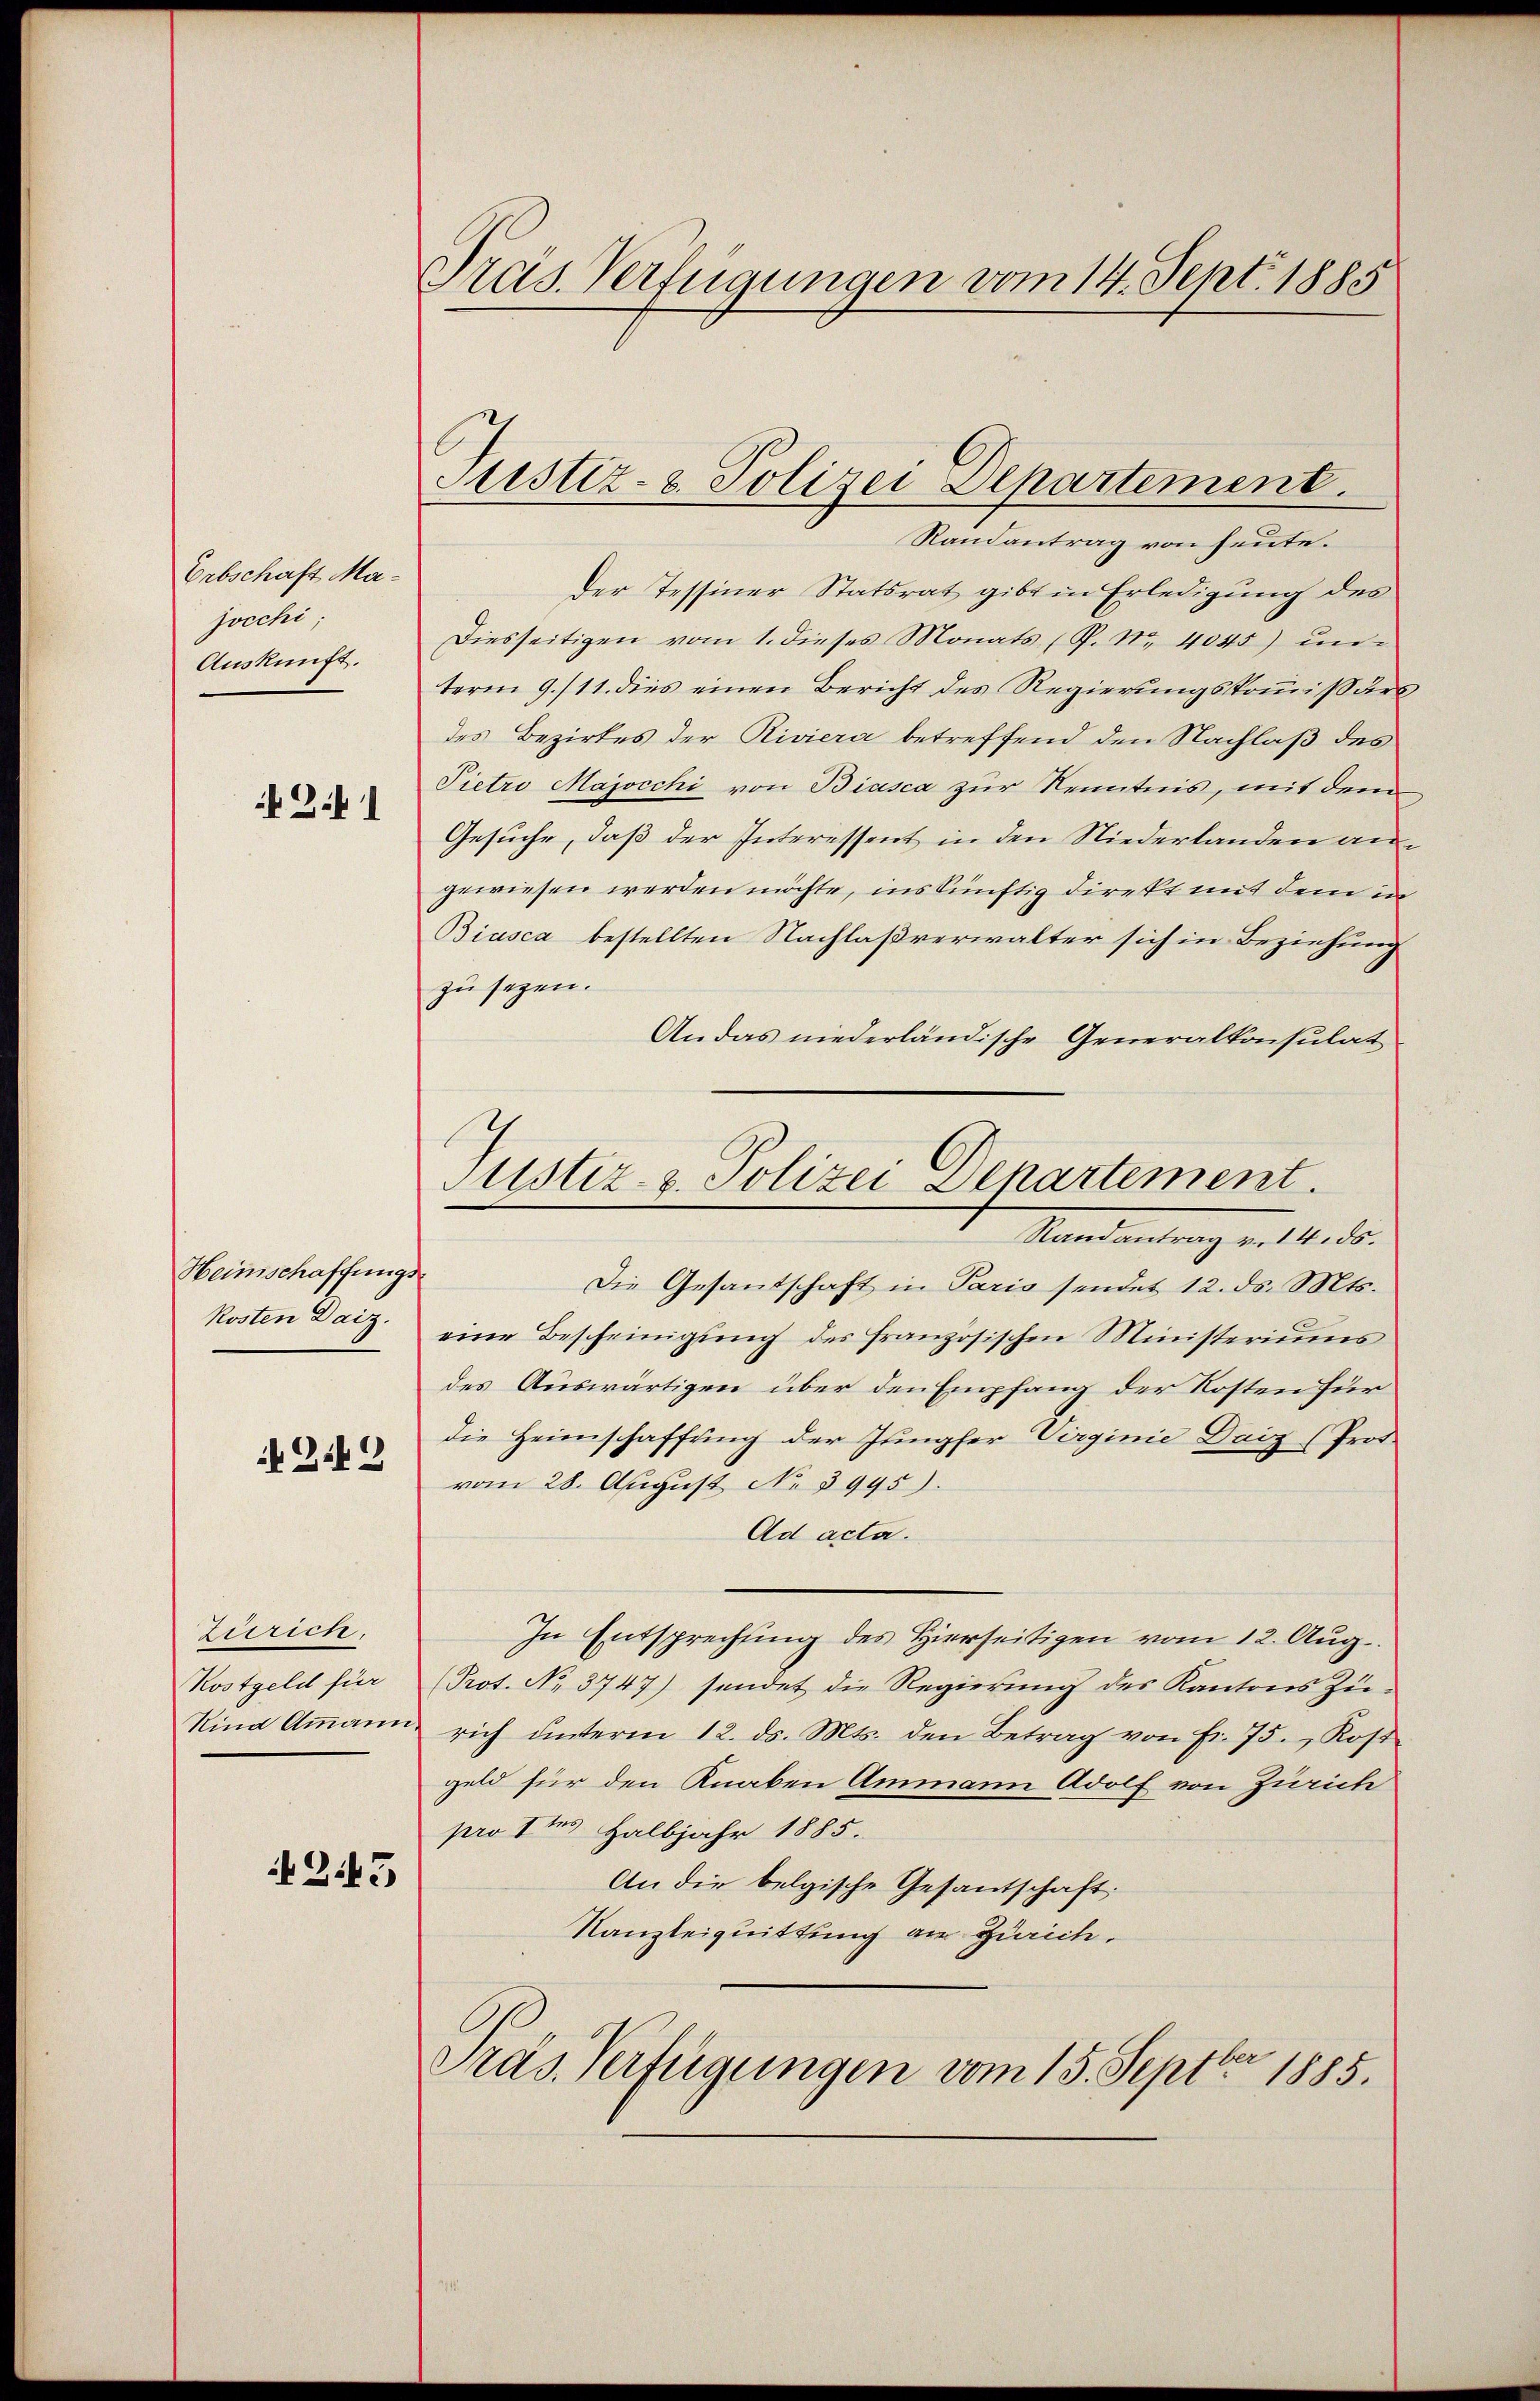
Erbschaft Majocchi
Auskunft.

2.41

Heimschaffungs-
Kosten Daiz.

N 224

Zürich,
Kostgeld für
Nina Ammann

245

Präs. Verfügungen vom 14. Sept. 1885

Fristiz- & Polizei Departement.

Randantrag von heute.
der Tessiner Statsrat gibt in Erledigung des
Diesseitigen vom 1. dieses Monats P. Nr. 4045) un-
term 9./11. dies einen Bericht des Regierungskommissärs
des Bezirkes der Riviera betreffend den Nachlaß des
Pietro Majocchi von Biasca zur Kenntnis, mit dem
Gesuche, daß der Interessent in den Niederlanden an
gewiesen werden möchte, ins künftig direkt mit dem in
Biasca bestellten Nachlaßverwalter sich in Beziehung
zu sezen.
Andas niederländische Generalkonsulat
Die Gesantschaft in Paris sendet 12. ds. Mts.
eine Bescheinigŭng des französischen Ministeriums
des Auswärtigen über den Empfang der Kosten für
die Heimschaffung der Jungfer Virginie Daiz (Prot.
vom 28. August No 3995).
Ad acta.
In Entsprechtung des hierseitigen vom 12. Aŭg.
(Prot. No. 3747) sendet die Regierung des Kantons Zürich ŭnteren 12. ds. Mts. den Betrag von Fr. 75. Kost
geld für den Knaben Ammann Adolf von Zürich
pro 1tes Halbjahr 1885.
An die belgische Gesantschaft
Kanzleiquittung an Zürich.
Präs. Verfügungen vom 15. Septbr 1885.

Justiz- & Polizei Departement.
Randantrag v. 14. ds.